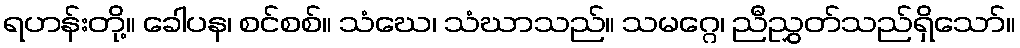
ရဟန်းတို့။ ခေါပန၊ စင်စစ်။ သံဃေ၊ သံဃာသည်။ သမဂ္ဂေ၊ ညီညွှတ်သည်ရှိသော်။